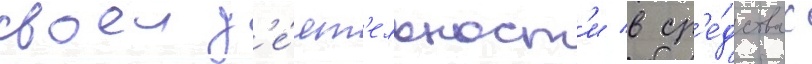
своеи д'е́ят'ельност'и в ср'е́дствах